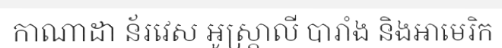
កាណាដា ន័រវេស អូស្ត្រាលី បារាំង និងអាមេរិក